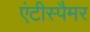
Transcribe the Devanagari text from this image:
एंटीस्पैमर